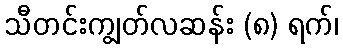
သီတင်းကျွတ်လဆန်း (၈) ရက်၊